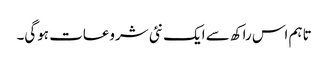
تاہم اس راکھ سے ایک نئی شروعات ہوگی۔